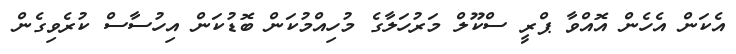
އެކަން އެހެން އޮއްވާ ޕްރީ ސްކޫލް މަރުހަލާގެ މުހިއްމުކަން ބޮޑުކަން އިހުސާސް ކުރެވިގެން